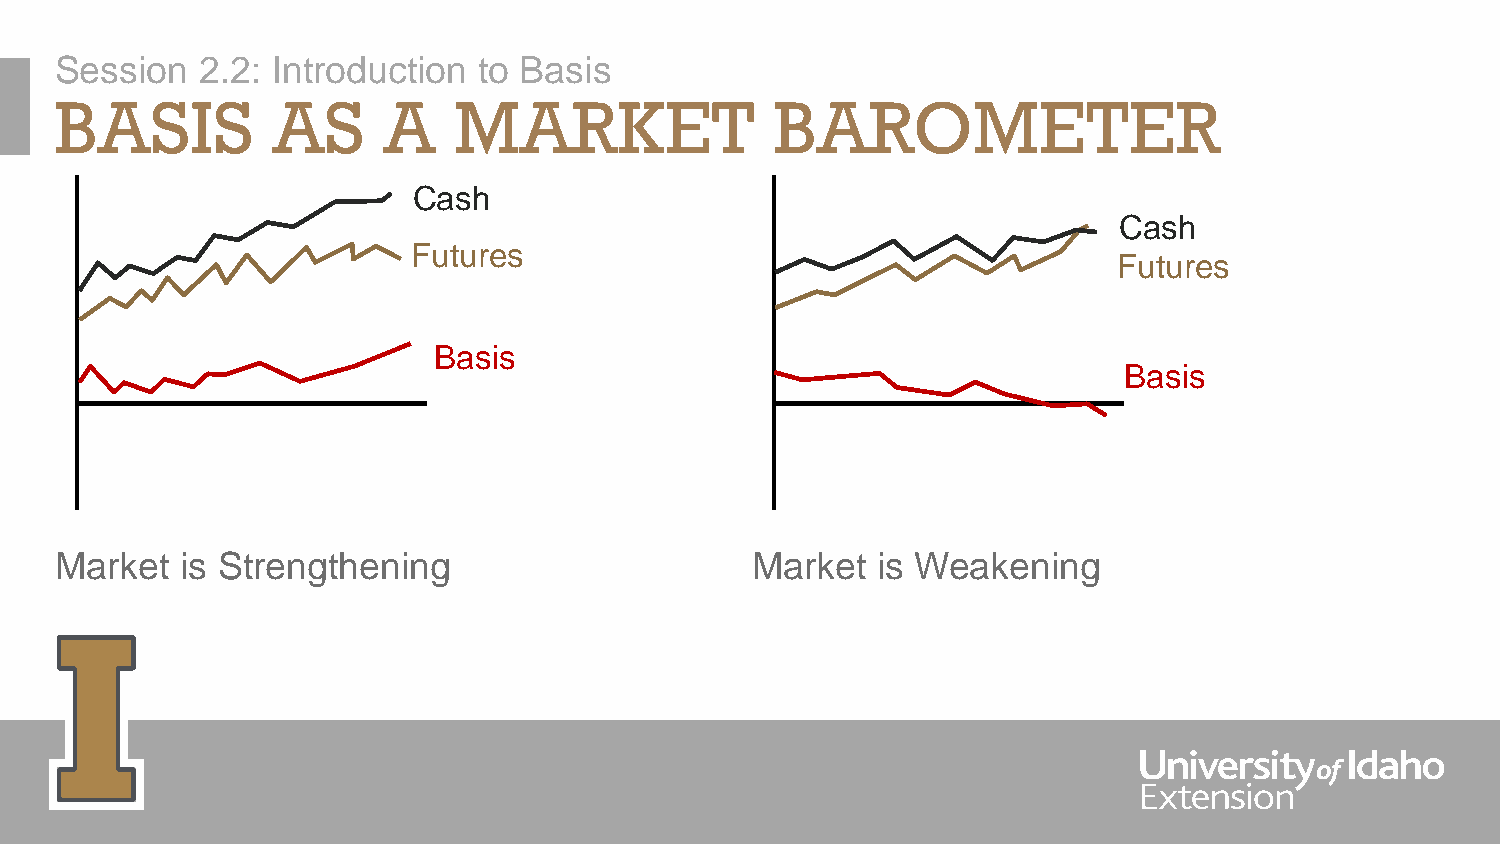
Session  2.2: Introduction  to Basis
 BASIS         AS     A    MARKET               BAROMETER
 Cash
 Cash
 Futures
 Futures
 Basis
 Basis
 Market  is Strengthening                      Market  is Weakening